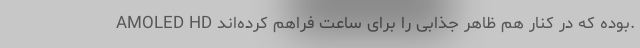
AMOLED HD بوده که در کنار هم ظاهر جذابی را برای ساعت فراهم کرده‌اند.